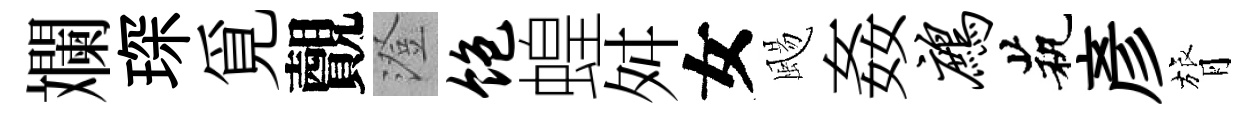
斕琛覓覿澄饱蝗舛女颺姦鹧茕彥膂